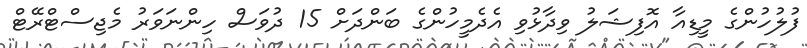
ފުލުހުންގެ މީޑިއާ އޮފިޝަލު ވިދާޅުވި އެދެމީހުންގެ ބަންދަށް 15 ދުވަސް ހިންނަވަރު މެޖިސްޓްރޭޓް